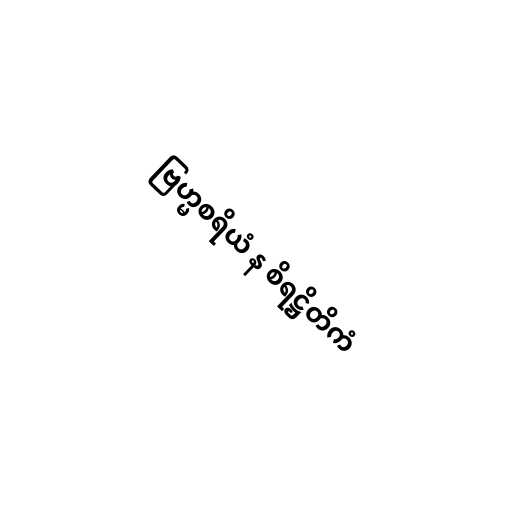
ဗြဟ္မစရိယံ န စိရဋ္ဌိတိကံ